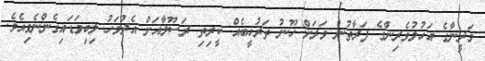
މަދީނާގެ އަހުލުވެރިންގެ ފަރާތުން ވަރަށް ހޫނު ތަރުހީބެއް ކީރިތި ރަސޫލާއަށް އެދުވަހު ލިބިވަޑައިގެންނެވިއެވެ.